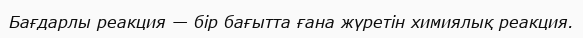
Бағдарлы реакция — бір бағытта ғана жүретін химиялық реакция.